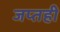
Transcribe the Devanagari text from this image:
जप्‍तही